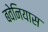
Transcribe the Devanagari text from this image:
बवेनियास